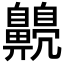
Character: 𪕿